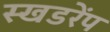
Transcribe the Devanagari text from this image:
स्खडरेंप